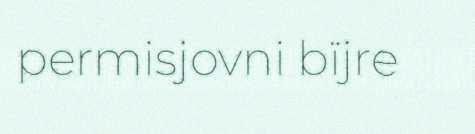
permisjovni bïjre